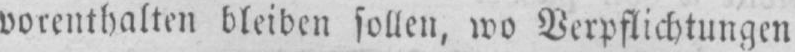
vorenthalten bleiben sollen, wo Verpflichtungen